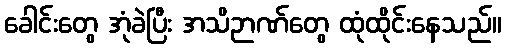
ခေါင်းတွေ အုံခဲပြီး အသိဉာဏ်တွေ ထုံထိုင်းနေသည်။